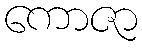
ကောဇာ